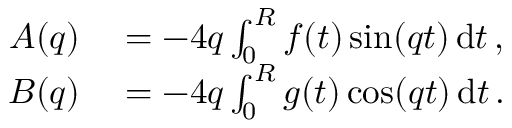
\begin{array} { r l } { A ( q ) } & { { } = - 4 q \int _ { 0 } ^ { R } f ( t ) \sin ( q t ) \, \mathrm { d } t \, , } \\ { B ( q ) } & { { } = - 4 q \int _ { 0 } ^ { R } g ( t ) \cos ( q t ) \, \mathrm { d } t \, . } \end{array}